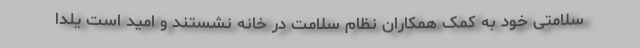
سلامتی خود به کمک همکاران نظام سلامت در خانه نشستند و امید است یلدا